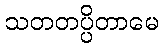
သတတပ္ပိတာမေ